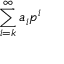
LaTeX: \sum _ { i = k } ^ { \infty } a _ { i } p ^ { i }